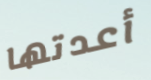
أعدتها